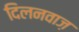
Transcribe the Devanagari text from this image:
दिलनवाज़